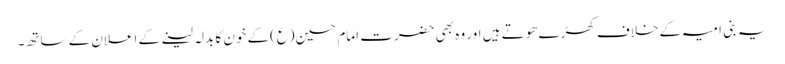
یہ بنی امیہ کے خلاف کھڑے ھوتے ہیں اور وہ بھی حضرت امام حسین(ع)کے خون کا بدلہ لینے کے اعلان کے ساتھ۔